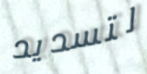
لتسديد